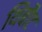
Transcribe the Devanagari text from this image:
थिबौट